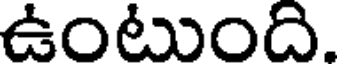
ఉంటుంది.